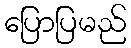
ပြောပြမည်